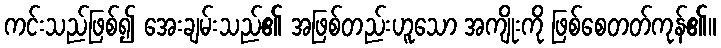
ကင်းသည်ဖြစ်၍ အေးချမ်းသည်၏ အဖြစ်တည်းဟူသော အကျိုးကို ဖြစ်စေတတ်ကုန်၏။